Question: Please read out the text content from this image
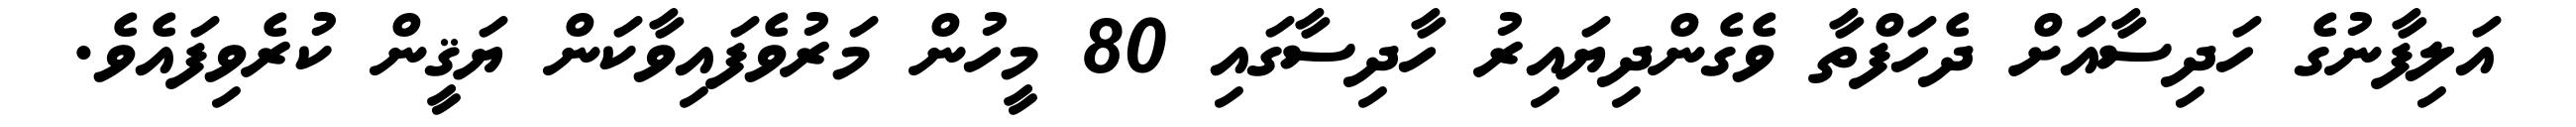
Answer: އަލިފާނުގެ ހަދިސާއަށް ދެހަފްތާ ވެގެންދިޔައިރު ހާދިސާގައި 80 މީހުން މަރުވެފައިވާކަން ޔަޤީން ކުރެވިފައެވެ.